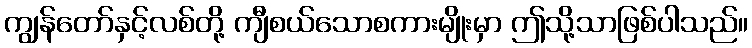
ကျွန်တော်နှင့်လစ်တို့ ကျီစယ်သောစကားမျိုးမှာ ဤသို့သာဖြစ်ပါသည်။